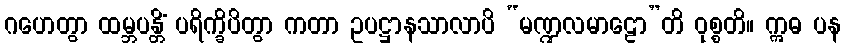
ဂဟေတွာ ထမ္ဘပန္တိံ ပရိက္ခိပိတွာ ကတာ ဥပဋ္ဌာနသာလာပိ “မဏ္ဍလမာဠော”တိ ဝုစ္စတိ။ ဣဓ ပန